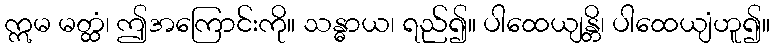
ဣမ မတ္ထံ၊ ဤအကြောင်းကို။ သန္ဓာယ၊ ရည်၍။ ပါထေယျန္တိ၊ ပါထေယျံဟူ၍။